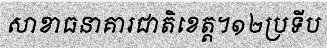
សាខាធនាគារជាតិខេត្ត។១២ប្រទីប